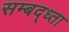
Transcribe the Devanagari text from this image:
सम्बद्ध्ता